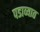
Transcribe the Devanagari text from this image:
पडाव्यात